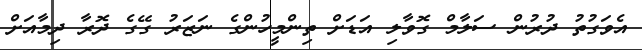
އެވަގުތު ދުރުން ސަލާމް ގޮވާލި އަޑަށް ތިންމީހުންގެ ނަޒަރު ގޭގެ ދޮރާ ދިމާއަށް